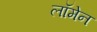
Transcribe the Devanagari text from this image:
लॉमेन